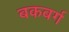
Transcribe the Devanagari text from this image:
बकबर्ग